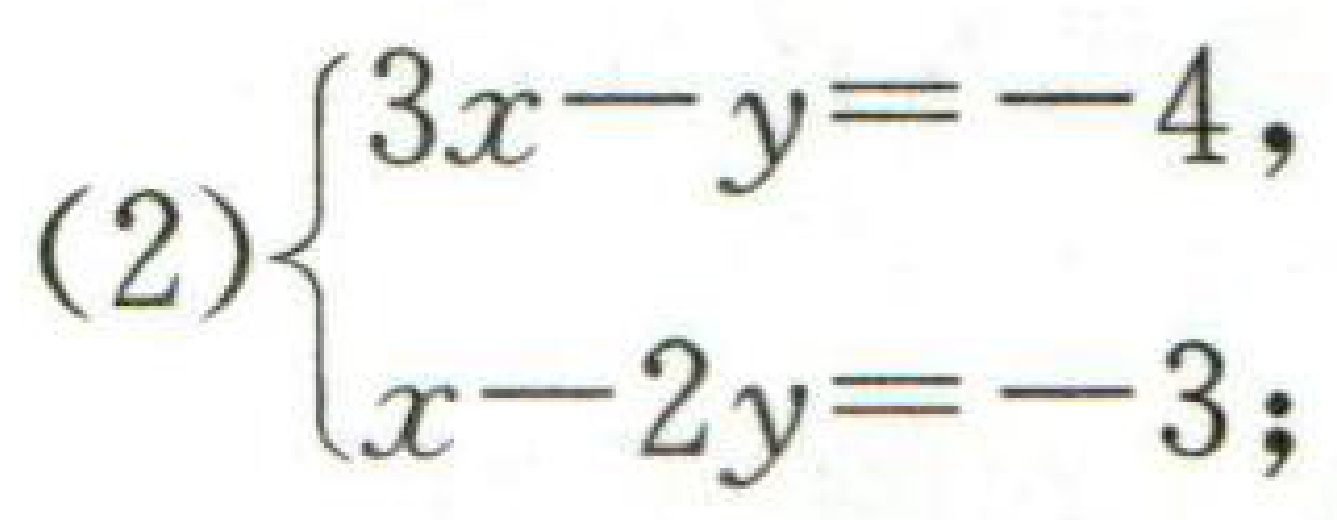
\[(2)\begin{cases}
3x - y=-4\\
x - 2y=-3
\end{cases}\]